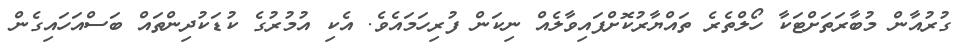
ގުރުއާން މުބާރަތަށްޓަކާ ހޯލްތެރެ ތައްޔާރުކޮށްފައިވާލެއް ނިކަން ފުރިހަމައެވެ. އެކި އުމުރުގެ ކުޑަކުދިންތައް ބަސްއަހައިގެން